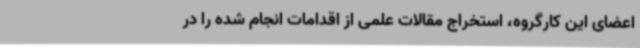
اعضای این کارگروه، استخراج مقالات علمی از اقدامات انجام شده را در